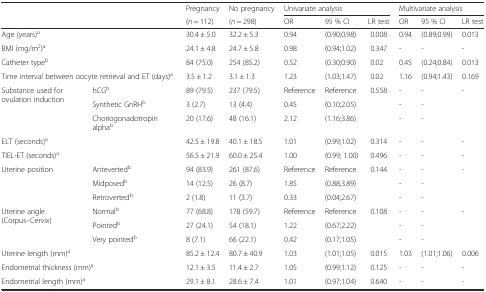
<table><thead><tr><td colspan="2"></td><td><b>Pregnancy</b></td><td><b>No pregnancy</b></td><td colspan="3"><b>Univariate analysis</b></td><td colspan="3"><b>Multivariate analysis</b></td></tr><tr><td colspan="2"></td><td><b>(<i>n</i> = 112)</b></td><td><b>(<i>n</i> = 298)</b></td><td><b>OR</b></td><td><b>95 % CI</b></td><td><b>LR test</b></td><td><b>OR</b></td><td><b>95 % CI</b></td><td><b>LR test</b></td></tr></thead><tbody><tr><td colspan="2">Age (years)<sup>a</sup></td><td>30.4 ± 5.0</td><td>32.2 ± 5.3</td><td>0.94</td><td>(0.90;0.98)</td><td>0.008</td><td>0.94</td><td>(0.89;0.99)</td><td>0.013</td></tr><tr><td colspan="2">BMI (mg/m<sup>2</sup>)<sup>a</sup></td><td>24.1 ± 4.8</td><td>24.7 ± 5.8</td><td>0.98</td><td>(0.94;1.02)</td><td>0.347</td><td>-</td><td>-</td><td>-</td></tr><tr><td colspan="2">Catheter type<sup>b</sup></td><td>84 (75.0)</td><td>254 (85.2)</td><td>0.52</td><td>(0.30;0.90)</td><td>0.02</td><td>0.45</td><td>(0.24;0.84)</td><td>0.013</td></tr><tr><td colspan="2">Time interval between oocyte retrieval and ET (days)<sup>a</sup></td><td>3.5 ± 1.2</td><td>3.1 ± 1.3</td><td>1.23</td><td>(1.03;1.47)</td><td>0.02</td><td>1.16</td><td>(0.94;1.43)</td><td>0.169</td></tr><tr><td rowspan="3">Substance used for ovulation induction</td><td>hCG<sup>b</sup></td><td>89 (79.5)</td><td>237 (79.5)</td><td>Reference</td><td>Reference</td><td rowspan="3">0.558</td><td>-</td><td>-</td><td rowspan="3">-</td></tr><tr><td>Synthetic GnRH<sup>b</sup></td><td>3 (2.7)</td><td>13 (4.4)</td><td>0.45</td><td>(0.10;2.05)</td><td>-</td><td>-</td></tr><tr><td>Choriogonadotropin alpha<sup>b</sup></td><td>20 (17.6)</td><td>48 (16.1)</td><td>2.12</td><td>(1.16;3.86)</td><td>-</td><td>-</td></tr><tr><td colspan="2">ELT (seconds)<sup>a</sup></td><td>42.5 ± 19.8</td><td>40.1 ± 18.5</td><td>1.01</td><td>(0.99;1.02)</td><td>0.314</td><td>-</td><td>-</td><td>-</td></tr><tr><td colspan="2">TIEL-ET (seconds)<sup>a</sup></td><td>56.5 ± 21.9</td><td>60.0 ± 25.4</td><td>1.00</td><td>(0.99; 1.00)</td><td>0.496</td><td>-</td><td>-</td><td>-</td></tr><tr><td rowspan="3">Uterine position</td><td>Anteverted<sup>b</sup></td><td>94 (83.9)</td><td>261 (87.6)</td><td>Reference</td><td>Reference</td><td rowspan="3">0.144</td><td>-</td><td>-</td><td rowspan="3">-</td></tr><tr><td>Midposed<sup>b</sup></td><td>14 (12.5)</td><td>26 (8.7)</td><td>1.85</td><td>(0.88;3.89)</td><td>-</td><td>-</td></tr><tr><td>Retroverted<sup>b</sup></td><td>2 (1.8)</td><td>11 (3.7)</td><td>0.33</td><td>(0.04;2.67)</td><td>-</td><td>-</td></tr><tr><td rowspan="3">Uterine angle (Corpus–Cervix)</td><td>Normal<sup>b</sup></td><td>77 (68.8)</td><td>178 (59.7)</td><td>Reference</td><td>Reference</td><td rowspan="3">0.108</td><td>-</td><td>-</td><td rowspan="3">-</td></tr><tr><td>Pointed<sup>b</sup></td><td>27 (24.1)</td><td>54 (18.1)</td><td>1.22</td><td>(0.67;2.22)</td><td>-</td><td>-</td></tr><tr><td>Very pointed<sup>b</sup></td><td>8 (7.1)</td><td>66 (22.1)</td><td>0.42</td><td>(0.17;1.05)</td><td>-</td><td>-</td></tr><tr><td colspan="2">Uterine length (mm)<sup>a</sup></td><td>85.2 ± 12.4</td><td>80.7 ± 40.9</td><td>1.03</td><td>(1.01;1.05)</td><td>0.015</td><td>1.03</td><td>(1.01;1.06)</td><td>0.006</td></tr><tr><td colspan="2">Endometrial thickness (mm)<sup>a</sup></td><td>12.1 ± 3.5</td><td>11.4 ± 2.7</td><td>1.05</td><td>(0.99;1.12)</td><td>0.125</td><td>-</td><td>-</td><td>-</td></tr><tr><td colspan="2">Endometrial length (mm)<sup>a</sup></td><td>29.1 ± 8.1</td><td>28.6 ± 7.4</td><td>1.01</td><td>(0.97;1.04)</td><td>0.640</td><td>-</td><td>-</td><td>-</td></tr></tbody></table>